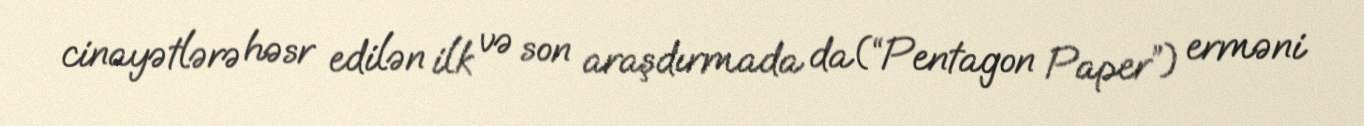
cinayətlərə həsr edilən ilk və son araşdırmada da(“Pentagon Paper”) erməni